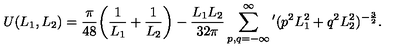
U ( L _ { 1 } , L _ { 2 } ) = \frac { \pi } { 4 8 } \biggl ( \frac { 1 } { L _ { 1 } } + \frac { 1 } { L _ { 2 } } \biggr ) - \frac { L _ { 1 } L _ { 2 } } { 3 2 \pi } \sum _ { p , q = - \infty } ^ { \infty } ^ { \prime } ( p ^ { 2 } L _ { 1 } ^ { 2 } + q ^ { 2 } L _ { 2 } ^ { 2 } ) ^ { - \frac { 3 } { 2 } } .